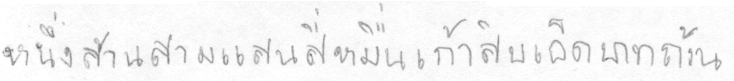
หนึ่งล้านสามแสนสี่หมื่นเก้าสิบเอ็ดบาทถ้วน